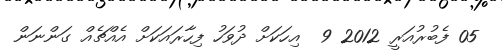
05 ފެބުރުއަރީ 2012 9  އިހަކަށް ދުވަހު ފިހާރައަކަށް އެއްޗެއް ގަންނަން